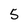
Character: 5